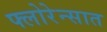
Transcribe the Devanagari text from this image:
फ्लोरेन्सात